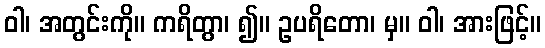
ဝါ၊ အတွင်းကို။ ကရိတွာ၊ ၍။ ဥပရိတော၊ မှ။ ဝါ၊ အားဖြင့်။